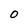
Character: O